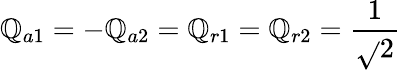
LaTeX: \mathbb{Q}_{a1}=-\mathbb{Q}_{a2}=\mathbb{Q}_{r1}=\mathbb{Q}_{r2}={\frac{{1}}{{\sqrt{}{{2}}}}}